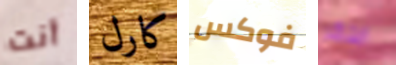
أنت كارل فوكس ابتكر